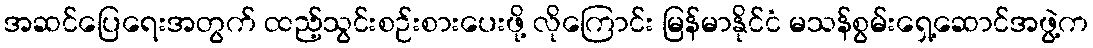
အဆင်ပြေရေးအတွက် ထည့်သွင်းစဉ်းစားပေးဖို့ လိုကြောင်း မြန်မာနိုင်ငံ မသန်စွမ်းရှေ့ဆောင်အဖွဲ့က